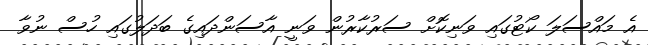
އެ މައްސަލަ ކޯޓުގައި ވަނިކޮށް ސަރުކާރުން ވަނީ އާސަންދައިގެ ބަދަލުގައި ހުސް ނުވާ